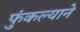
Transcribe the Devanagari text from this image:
फुंकल्याने